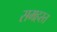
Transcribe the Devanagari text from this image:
समहस्त